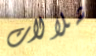
شلالات